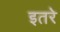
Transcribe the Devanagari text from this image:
इतरे